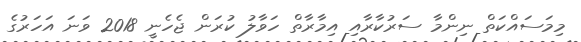
މިމަސައްކަތް ނިންމާ ސަރުކާރާއި އިމާރާތް ހަވާލު ކުރަން ޖެހެނީ 2018 ވަނަ އަހަރުގެ